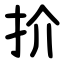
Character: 扴